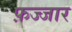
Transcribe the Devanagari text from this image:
फ़ज्जार